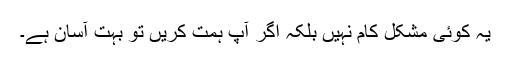
یہ کوئی مشکل کام نہیں بلکہ اگر آپ ہمت کریں تو بہت آسان ہے۔